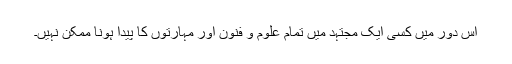
اس دور میں کسی ایک مجتہد میں تمام علوم و فنون اور مہارتوں کا پیدا ہونا ممکن نہیں۔